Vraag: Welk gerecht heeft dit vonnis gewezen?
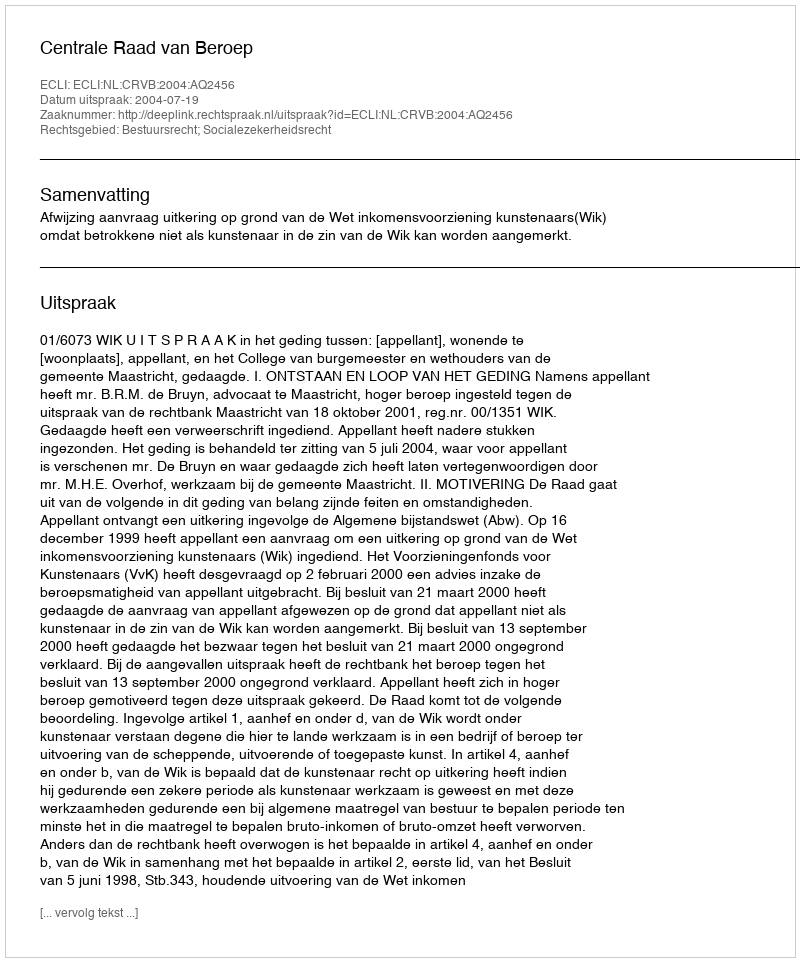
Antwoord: Centrale Raad van Beroep